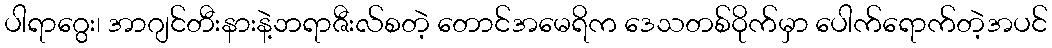
ပါရာဂွေး၊ အာဂျင်တီးနားနဲ့ဘရာဇီးလ်စတဲ့ တောင်အမေရိက ဒေသတစ်ဝိုက်မှာ ပေါက်ရောက်တဲ့အပင်